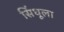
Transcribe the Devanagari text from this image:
सिंधूला